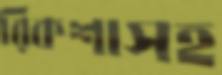
রিকশাসহ